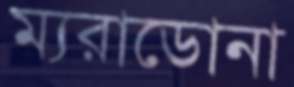
ম্যরাডোনা